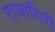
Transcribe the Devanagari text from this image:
राजागिरी